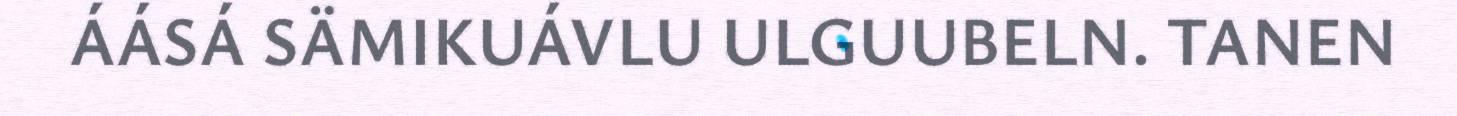
ÁÁSÁ SÄMIKUÁVLU ULGUUBELN. TANEN